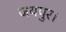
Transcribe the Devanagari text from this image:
जयपुर।